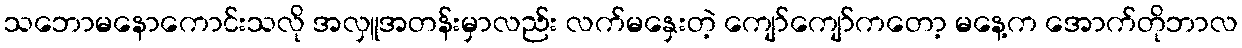
သဘောမနောကောင်းသလို အလှူအတန်းမှာလည်း လက်မနှေးတဲ့ ကျော်ကျော်ကတော့ မနေ့က အောက်တိုဘာလ